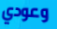
وعودي